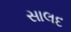
સાલદ